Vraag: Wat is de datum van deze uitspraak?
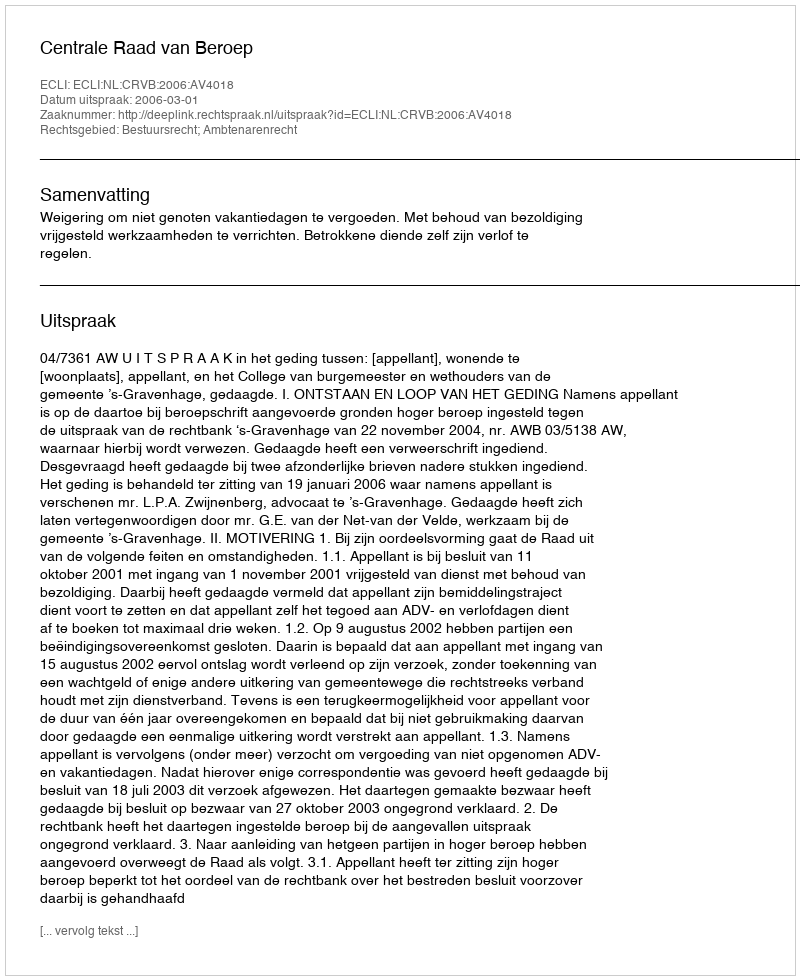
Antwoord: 2006-03-01